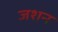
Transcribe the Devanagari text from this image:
जशन